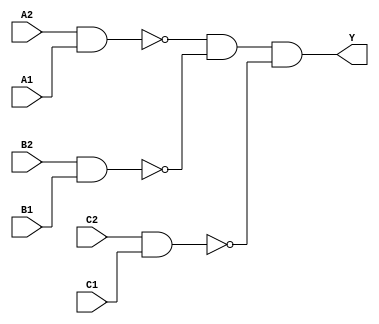
/*
 * Copyright 2020 The SkyWater PDK Authors
 *
 * Licensed under the Apache License, Version 2.0 (the "License");
 * you may not use this file except in compliance with the License.
 * You may obtain a copy of the License at
 *
 *     https://www.apache.org/licenses/LICENSE-2.0
 *
 * Unless required by applicable law or agreed to in writing, software
 * distributed under the License is distributed on an "AS IS" BASIS,
 * WITHOUT WARRANTIES OR CONDITIONS OF ANY KIND, either express or implied.
 * See the License for the specific language governing permissions and
 * limitations under the License.
 *
 * SPDX-License-Identifier: Apache-2.0
*/


`ifndef SKY130_FD_SC_HD__A222OI_FUNCTIONAL_V
`define SKY130_FD_SC_HD__A222OI_FUNCTIONAL_V

/**
 * a222oi: 2-input AND into all inputs of 3-input NOR.
 *
 *         Y = !((A1 & A2) | (B1 & B2) | (C1 & C2))
 *
 * Verilog simulation functional model.
 */

`timescale 1ns / 1ps
`default_nettype none

`celldefine
module sky130_fd_sc_hd__a222oi (
    Y ,
    A1,
    A2,
    B1,
    B2,
    C1,
    C2
);

    // Module ports
    output Y ;
    input  A1;
    input  A2;
    input  B1;
    input  B2;
    input  C1;
    input  C2;

    // Local signals
    wire nand0_out ;
    wire nand1_out ;
    wire nand2_out ;
    wire and0_out_Y;

    //   Name   Output      Other arguments
    nand nand0 (nand0_out , A2, A1                         );
    nand nand1 (nand1_out , B2, B1                         );
    nand nand2 (nand2_out , C2, C1                         );
    and  and0  (and0_out_Y, nand0_out, nand1_out, nand2_out);
    buf  buf0  (Y         , and0_out_Y                     );

endmodule
`endcelldefine

`default_nettype wire
`endif  // SKY130_FD_SC_HD__A222OI_FUNCTIONAL_V